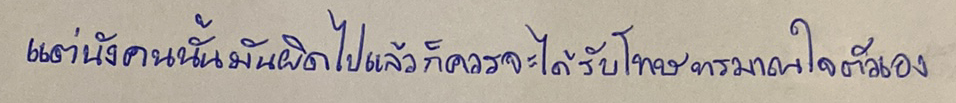
แต่นังคนนั้นมันผิดไปแล้วก็ควรจะได้รับโทษทรมานใจตัวเอง